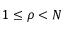
1 \le \rho < N